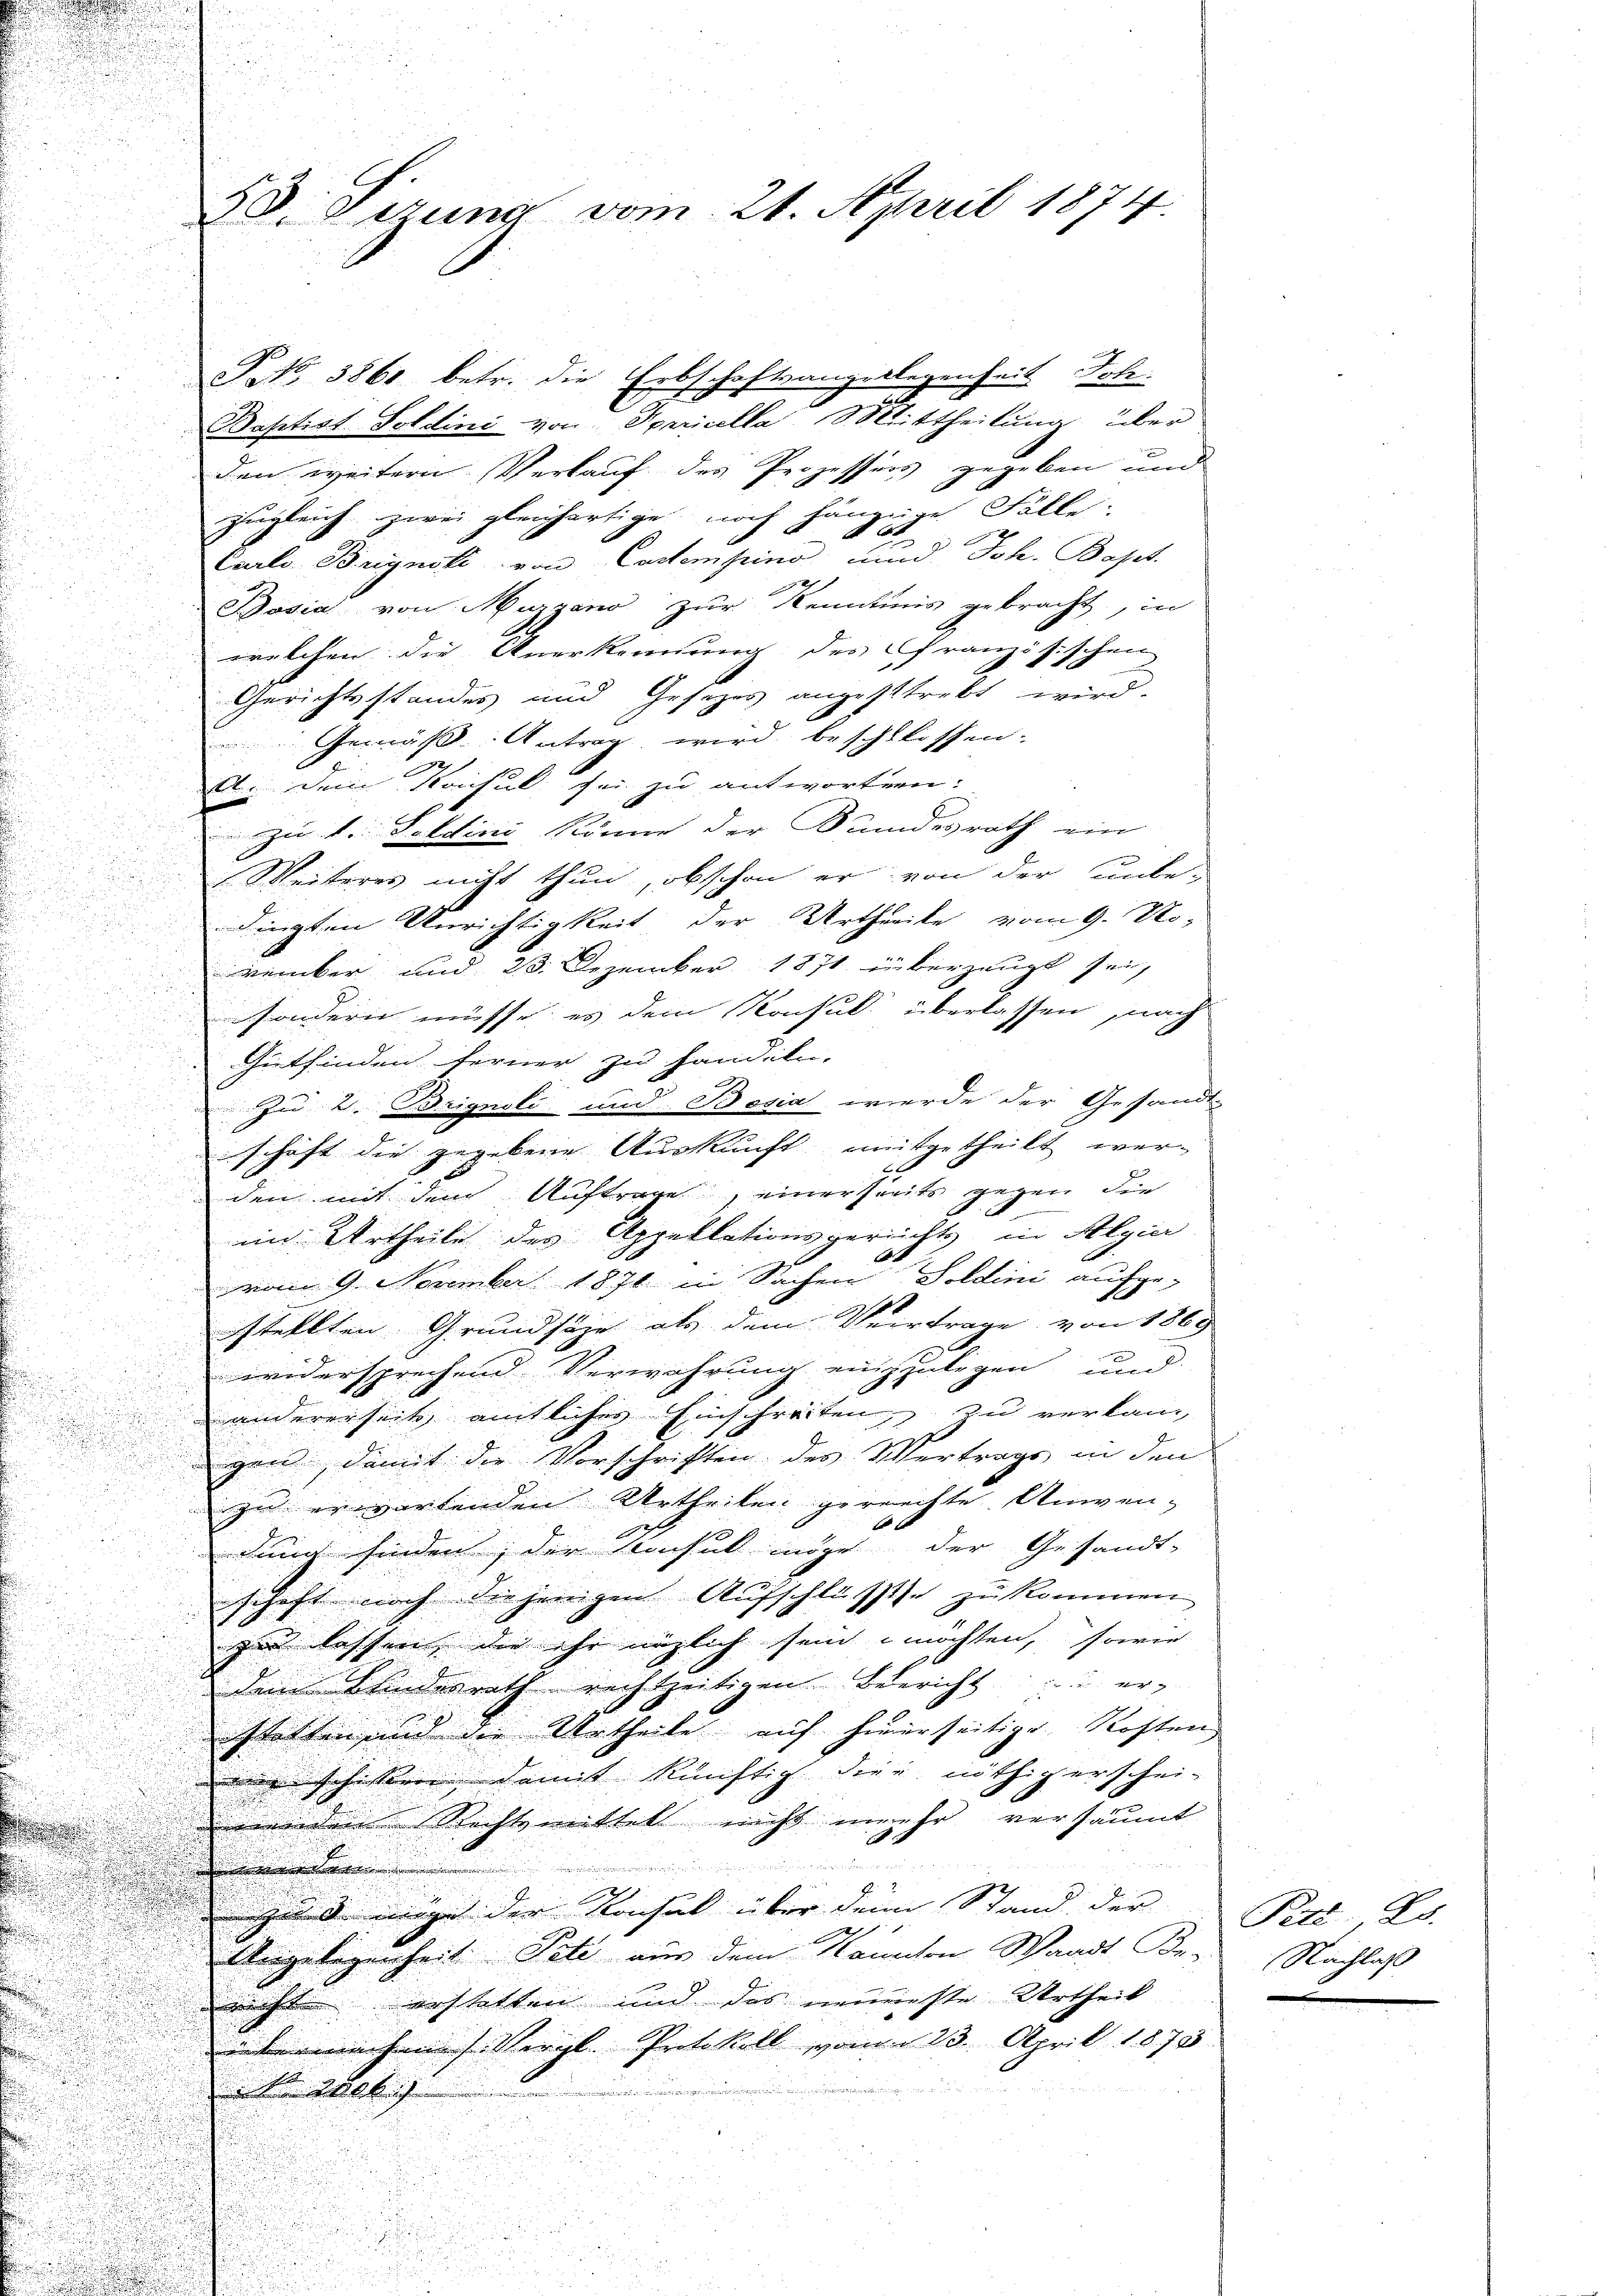
.
n

P.No 3861 betr. die Erbschaftsangelegenheit Joh.
Baptist. Soldini von Spricella Mittheilung über
den weitern Verkauf des Prozessors gegeben und
zugleich zwei gleichartige noch hängige Fälle.
F
Carl. Brignoli von Castempino und Joh. Bapet
e
Posia von Murzano zur Kenntnis gebracht, in
i
welchen die Anerkennung des französischen
d
Gerichtsstandes und Gesetzes angestrebt wird.

Gemäß Antrag wird beschlossen.
.
22
A. Dein Konsul sei zu antworten:

zu 1. Feldini könne der Bundesrath ein
.
.
Weiteres nicht thun, obschon er von der unbe-

u
dingten Anrichtigkeit der Urtheile vom 9. No-

u

vember und 23. Dezember 1871 überzeugt sei,

ssondern müsse, es dem Konsul überlassen, nach
82
Gutfinden ferner zu handeln,
Zu 2. Brignoli und Besia werde der Gesandt-
n

u
schaft die gegebene Auskunft mitgetheilt wer¬
2

.
den mit dem Auftrage, einerseits gegen die

in Urtheile des Appellationsgerichts, in Algie

e

vom 9. November 1871 in Sachen Soldini aufge-

estellten Grundsäge als dem Vertrage von 1869
d
widersprechend Verwahrung einzulegen und
u
 andererseits amtliches Einschreiten, zu verlang
u

gen damit die Vorschriften des Vertrags in den
u

zu erwartenden Urtheilen gerrechte Anven-

u
dung finden, der Ansul inder der Gesandt-

schaft noch die jenigen Aufschlusses zu kommen

zu lassen, die ihr möglich sein möchten, sowie
dem Schindesrath rechtzeitigen Bericht er-
Walten und die Urtheile auf hinerseitige Kosten
erschien damit künftig dies nöthigerschei-
ion dem Rechtsmittel nicht mehr versäumt

zu 3. mir der Konsul über denn Stand der
Angelegenheit Pete aus dem Namchen Waadt Be-
rechte erstatten und das neuerste Urtheil
übermachen Vergl. Protokoll vom 23. April 1873.
d

 Wille
u
2

28. Octuna vom 21. April 1874

Pert. 25.
Nachlaß